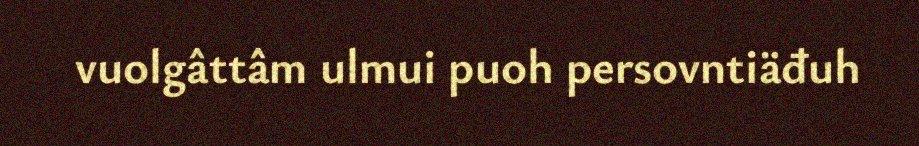
vuolgâttâm ulmui puoh persovntiäđuh